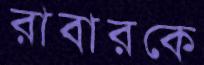
রাবারকে